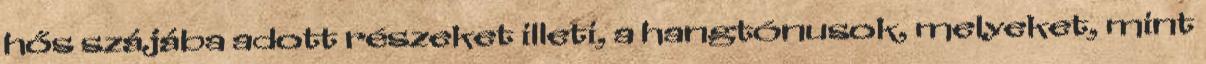
hős szájába adott részeket illeti, a hangtónusok, melyeket, mint